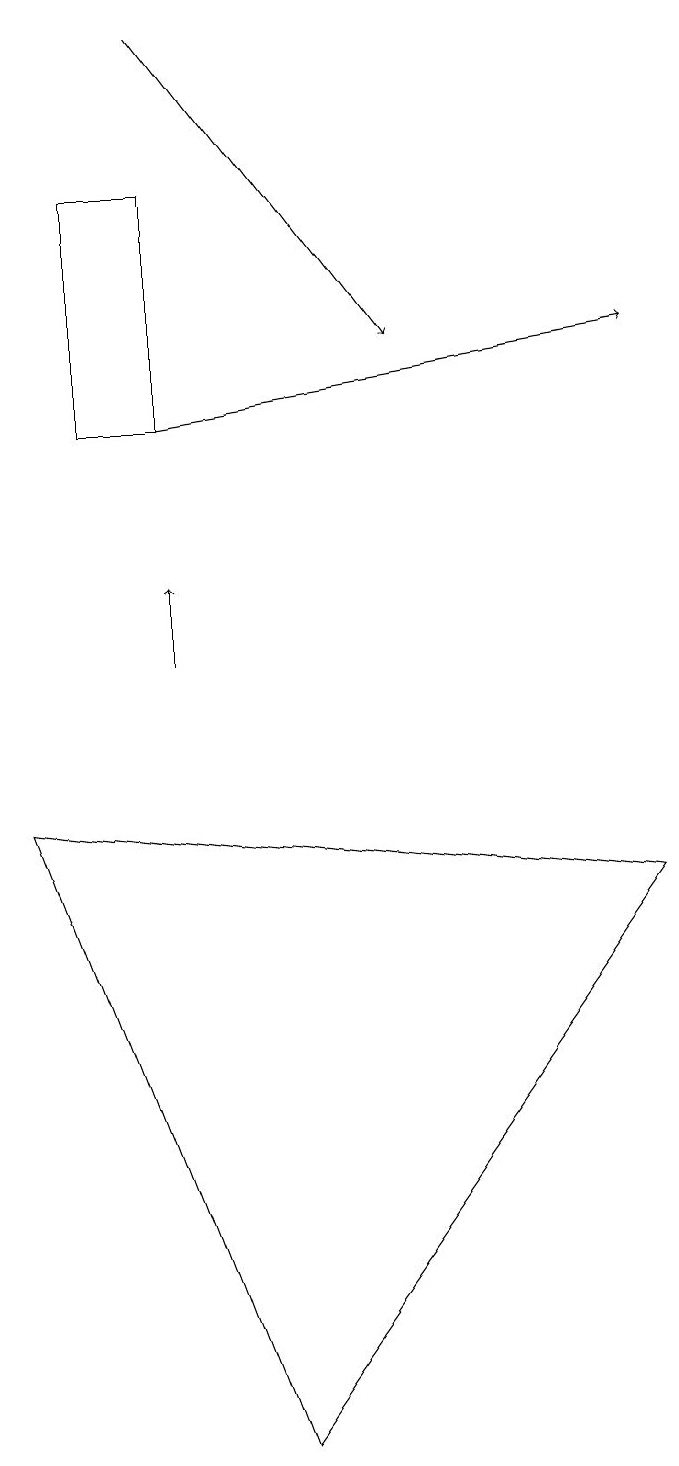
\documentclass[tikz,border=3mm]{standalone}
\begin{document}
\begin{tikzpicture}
\draw[->] (3,13) -- (9,14);
\draw (9,7) -- (4,0) -- (1,8) -- cycle;
\draw (3,16) rectangle (2,13);
\draw[->] (3,18) -- (6,14);
\draw[->] (3,10) -- (3,11);
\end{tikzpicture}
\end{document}